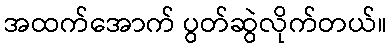
အထက်အောက် ပွတ်ဆွဲလိုက်တယ်။